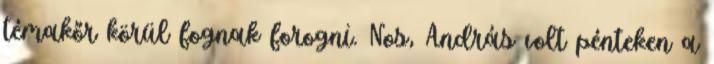
témakőr körül fognak forogni. Nos, András volt pénteken a